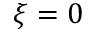
\xi = 0